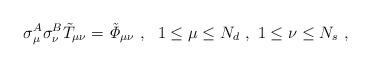
LaTeX: \begin{align*}\sigma_\mu^A \sigma_\nu^B \tilde{T}_{\mu\nu} = {\it \tilde{\Phi}}_{\mu\nu} \ , \ \ 1\leq \mu \leq N_d \ , \ 1\leq \nu \leq N_s \ ,\end{align*}